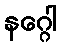
နဂ္ဂေါ